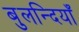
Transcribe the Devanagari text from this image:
बुलन्दियाँ